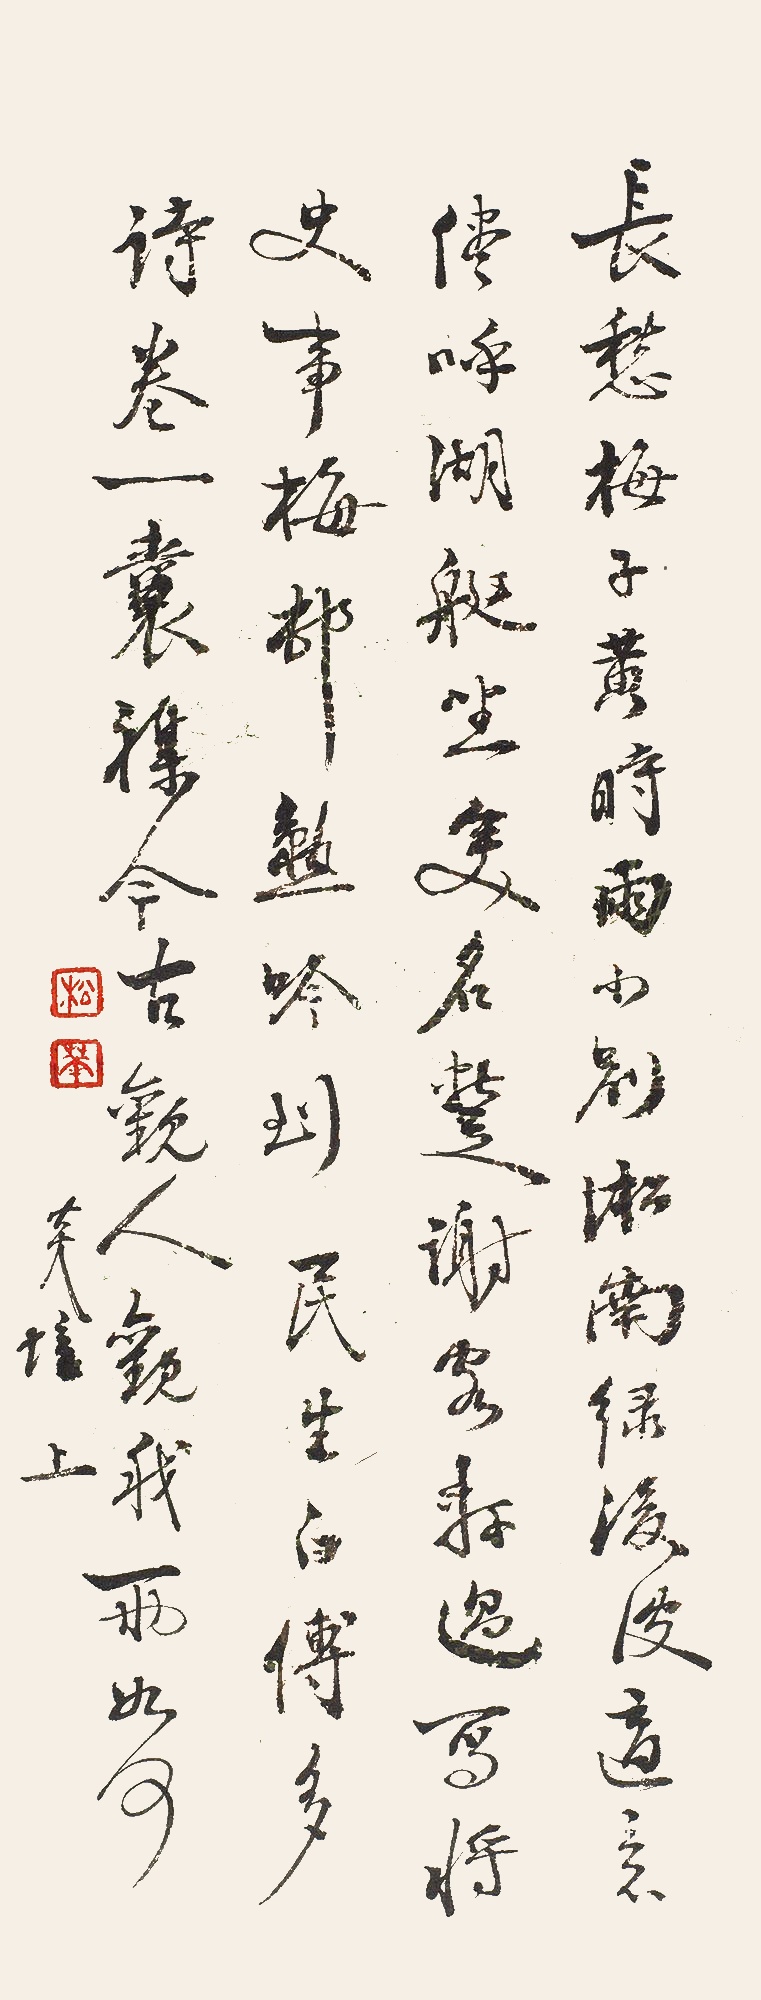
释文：长愁梅子黄时雨，小别淞南绿后波。适意且呼湖艇坐，变名暂谢客轩过。写将史事梅村熟，吟到民生白傅多。诗卷一囊杂今古，观人观我两如何。炎培上。